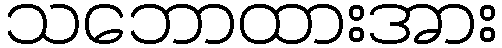
သဘောထားအား